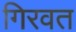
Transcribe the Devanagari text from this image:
गिरवत